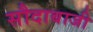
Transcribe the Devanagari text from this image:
सौदाबाजी